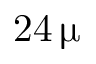
2 4 \, \upmu